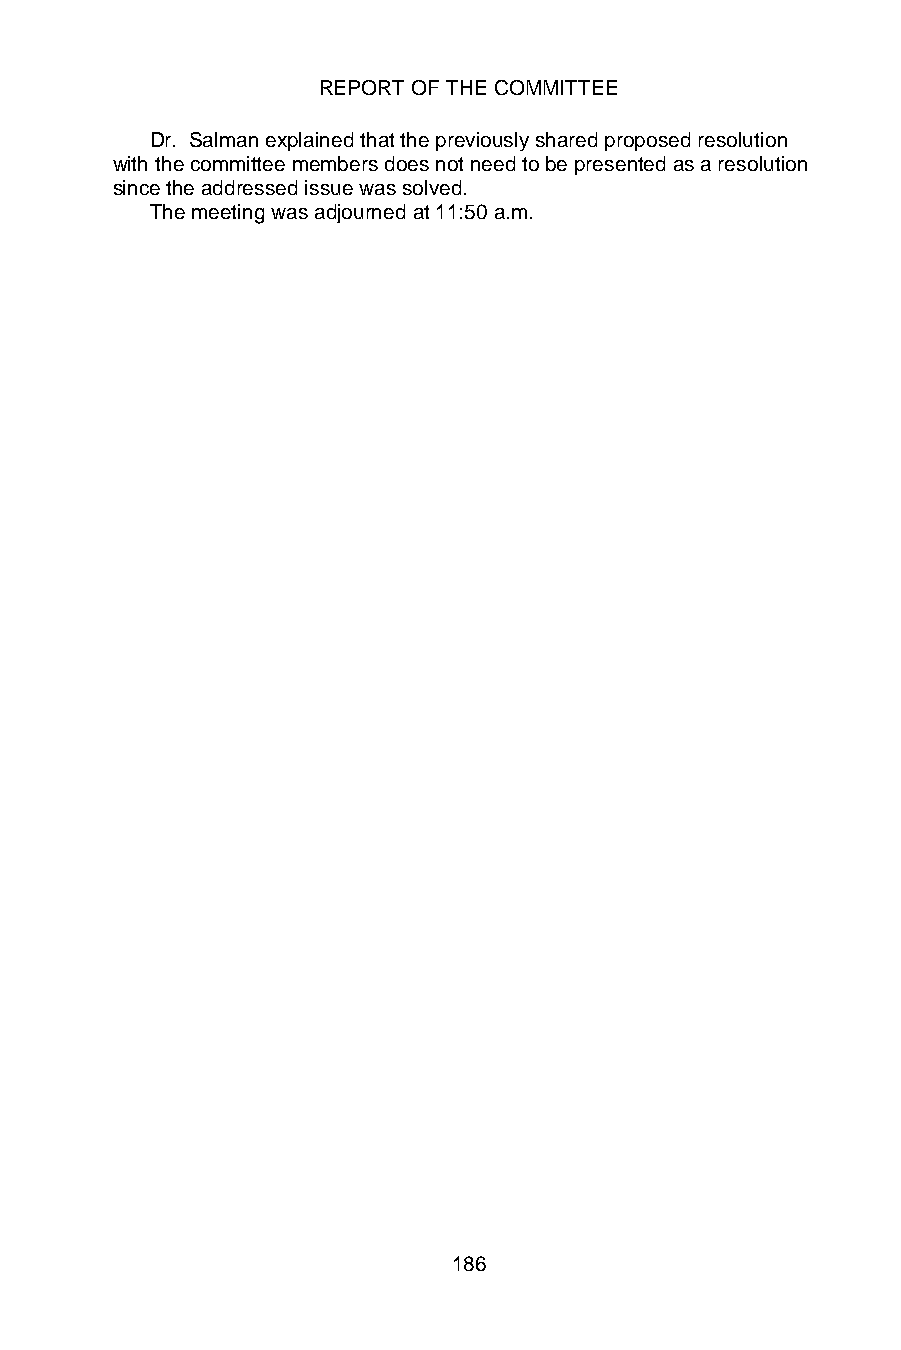
REPORT OF THE COMMITTEE
 Dr. Salman explained that the previously shared proposed resolution
 with the committee members does not need to be presented as a resolution
 since the addressed issue was solved.
 The meeting was adjourned at 11:50 a.m.
 186